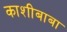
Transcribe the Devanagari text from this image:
काशीबाबा